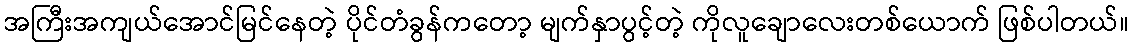
အကြီးအကျယ်အောင်မြင်နေတဲ့ ပိုင်တံခွန်ကတော့ မျက်နှာပွင့်တဲ့ ကိုလူချောလေးတစ်ယောက် ဖြစ်ပါတယ်။